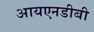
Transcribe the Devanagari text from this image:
आयएनडीबी